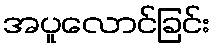
အပူလောင်ခြင်း